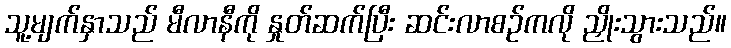
သူ့မျက်နှာသည် မီလာနီကို နှုတ်ဆက်ပြီး ဆင်းလာစဉ်ကလို ညှိုးသွားသည်။